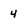
Character: 4